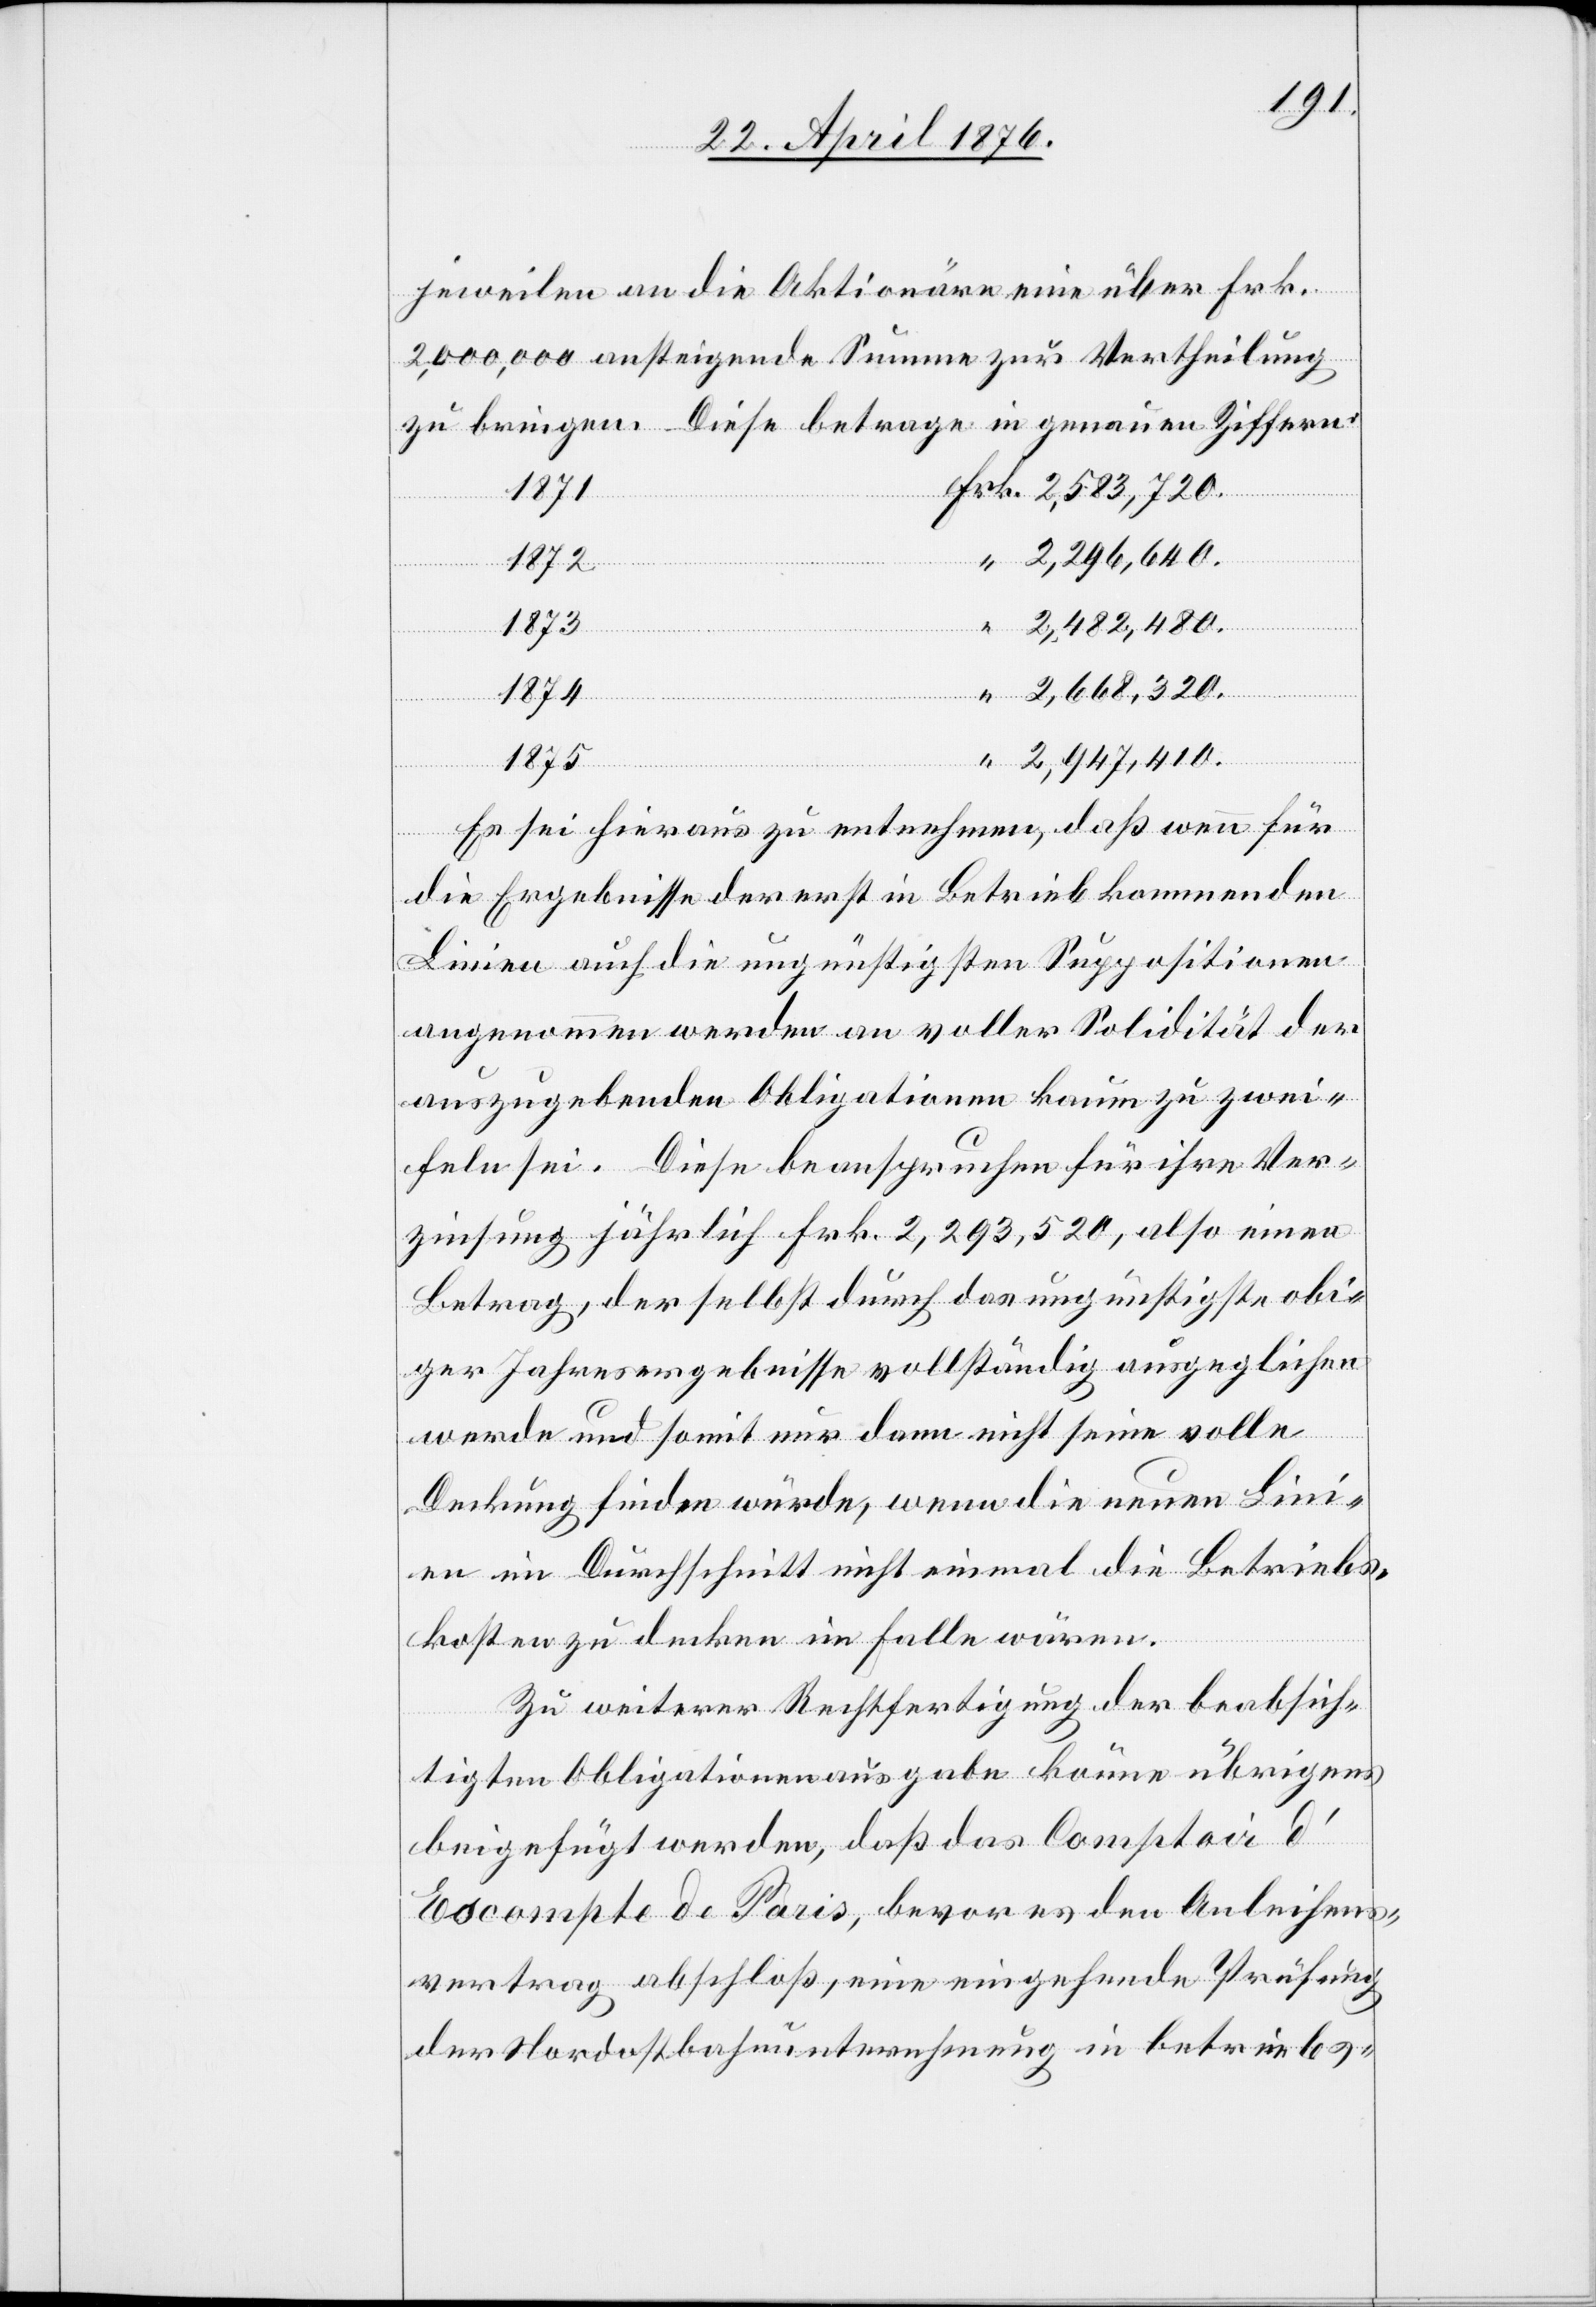
jeweilen an die Aktionäre eine über Frk.
2,000,000 ansteigende Summe zur Vertheilung
zu bringen. Diese betrage in genauen Ziffern:
1871
“
2,296,640.
Frk.
1872
1873
2,482,480.
2,668,320.
1874
2,947,410.
1875
Es sei hieraus zu entnehmen, daß wenn für
die Ergebnisse der erst in Betrieb kommenden
Linien auch die ungünstigsten Suppositionen
angenommen werden an voller Solidität der
auszugebenden Obligationen kaum zu zwei¬
feln sei. Diese beanspruchen für ihre Ver¬
zeichnung jährlich Frk. 2,293,520, also einen
Betrag, der selbst durch das ungünstigste obi¬
ger Jahresergebnisse vollständig ausgeglichen
werde und somit nur dann nicht seine volle
Deckung finden würde, wenn die neuen Lini¬
en im Durchschnitt nicht einmal die Betriebs¬
kosten zu decken im Falle wären.
Zu weiterer Rechtfertigung der beabsich¬
tigten Obligationenausgabe könne übrigens
beigefügt werden, daß das Comtoir
d’Escompte de Paris, bevor es den Anleihens¬
vertrag abschloß, eine eingehende Prüfung
der Nordostbahnunternehmung in betriebs-